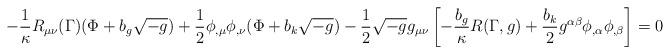
LaTeX: \begin{align*}-\frac{1}{\kappa}R_{\mu\nu}(\Gamma)(\Phi +b_{g}\sqrt{-g})+\frac{1}{2}\phi_{,\mu}\phi_{,\nu}(\Phi +b_{k}\sqrt{-g})-\frac{1}{2}\sqrt{-g}g_{\mu\nu}\left[-\frac{b_{g}}{\kappa}R(\Gamma ,g)+\frac{b_{k}}{2}g^{\alpha\beta}\phi_{,\alpha}\phi_{,\beta}\right]=0\end{align*}